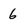
Character: 6